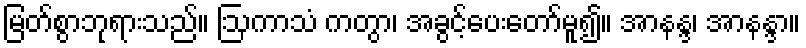
မြတ်စွာဘုရားသည်။ ဩကာသံ ကတွာ၊ အခွင့်ပေးတော်မူ၍။ အာနန္ဒ၊ အာနန္ဒာ။